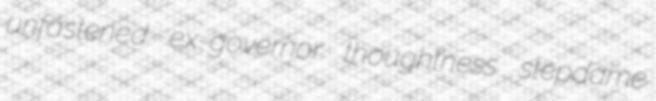
unfastened ex-governor thoughtness stepdame